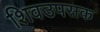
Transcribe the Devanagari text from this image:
शिवउपसक